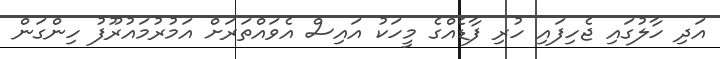
އަދި ހާލުގައި ޖެހިފައި ހުރި ފާޑެއްގެ މީހަކު އައިސް އެވައްތަރަށް އަމުރުމައުރޫފު ހިންގަން